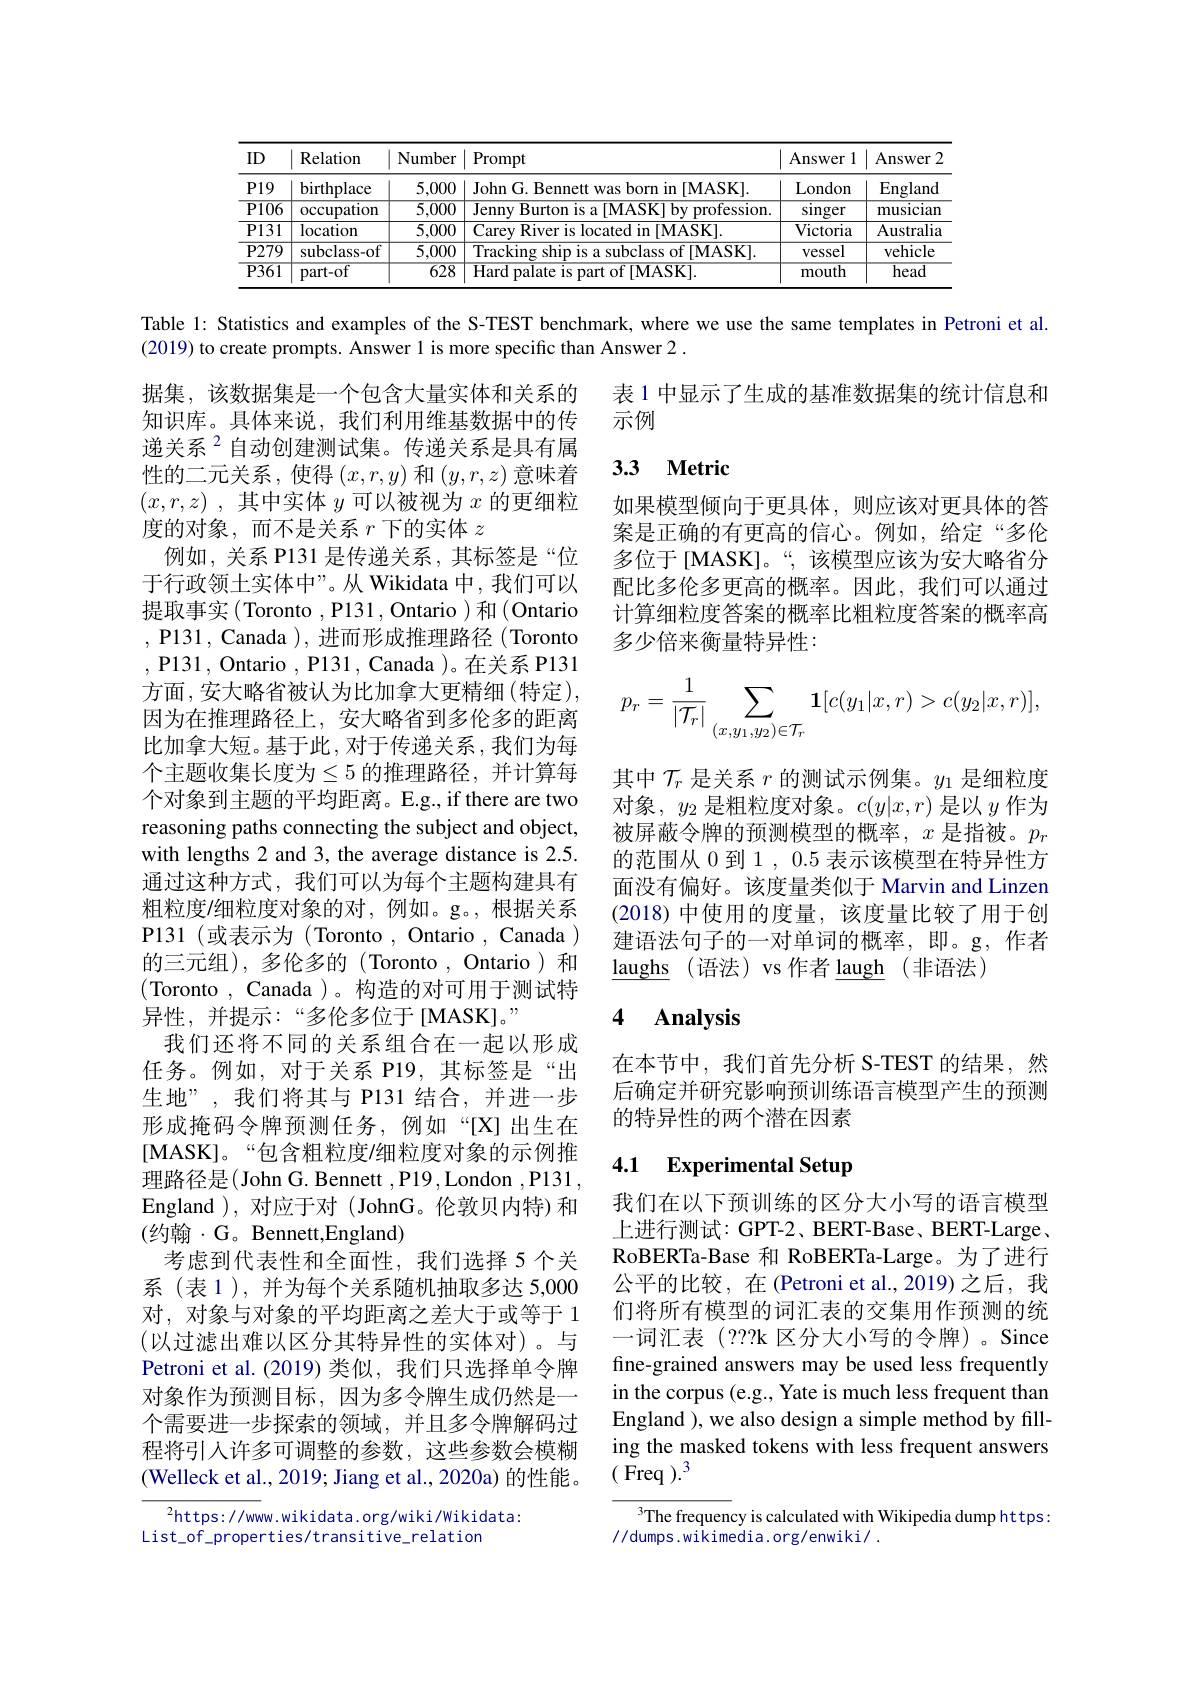
<table>
	<tbody>
		<tr>
			<th>ID</th>
			<th>Relation</th>
			<th>Number</th>
			<th>Prompt</th>
			<th>Answer 1</th>
			<th>Answer</th>
		</tr>
		<tr>
			<td>$P19$</td>
			<td>birthplace</td>
			<td>5,000</td>
			<td>John G. Bennett was born in [MASK].</td>
			<td>London</td>
			<td>England</td>
		</tr>
		<tr>
			<td>$\overline{P106}$</td>
			<td>occupation</td>
			<td>$\overline{5,000}$</td>
			<td>$\overline{\text{Jenny Burton is a[MASK] by profession}}$</td>
			<td>$\sin$ger</td>
			<td>musician</td>
		</tr>
		<tr>
			<td>$\overline{P131}$</td>
			<td>location</td>
			<td>5,000</td>
			<td>Carey River is located in [MASK].</td>
			<td>Victoria</td>
			<td>Australia</td>
		</tr>
		<tr>
			<td>$\overline{{\mathrm{P279}}}$</td>
			<td>subclass-of</td>
			<td>5,000</td>
			<td>Tracking ship is a subclass of [MASK].</td>
			<td>vessel</td>
			<td>vehicle</td>
		</tr>
		<tr>
			<td>$\overline{P361}$</td>
			<td>part-of</td>
			<td>$\overline{628}$</td>
			<td>Hard palate is part of [MASK].</td>
			<td>mouth</td>
			<td>$\overline{\mathrm{head}}$</td>
		</tr>
	</tbody>
</table>

Table 1: Statistics and examples of the S-TEST benchmark, where we use the same templates in Petroni et al.

表 1 中显示了生成的基准数据集的统计信息和
示例

### 3.3 $\textbf{Metric}$

如果模型倾向于更具体，则应该对更具体的答案是正确的有更高的信心。例如，给定“多伦多位于[MASK]。“,该模型应该为安大略省分配比多伦多更高的概率。因此，我们可以通过计算细粒度答案的概率比粗粒度答案的概率高多少倍来衡量特异性：
$$p_r=\dfrac{1}{|\mathcal{T}_r|}\sum_{(x,y_1,y_2)\in\mathcal{T}_r}\mathbf{1}[c(y_1|x,r)>c(y_2|x,r)],$$
其中$\mathcal{T}_r$是关系$r$的测试示例集。$y_1$是细粒度对象，$y_2$是粗粒度对象。$c(y|x,r)$是以$y$作为被屏蔽令牌的预测模型的概率，$x$是指被。$p_r$ 的范围从 0 到 1 , 0.5 表示该模型在特异性方面没有偏好。该度量类似于 Marvin and Linzen (2018)中使用的度量，该度量比较了用于创建语法句子的一对单词的概率，即。g,作者$\underline {\text{laughs}}$ (语法)vs作者$\underline\text{laugh}\:($非语法)

(2019) to create prompts. Answer l is more specific than Answer 2 .
据集，该数据集是一个包含大量实体和关系的知识库。具体来说，我们利用维基数据中的传递关系$^{2}$自动创建测试集。传递关系是具有属性的二元关系，使得$(x,r,y)$和$(y,r,z)$意味着$( x, r, z)$ ,其中实体$y$可以被视为$x$的更细粒度的对象，而不是关系$r$下的实体$z$
例如，关系 P131 是传递关系，其标签是“位于行政领土实体中”。从 Wikidata 中，我们可以提取事实(Toronto ,P131,Ontario )和(Ontario , P131, Canada ),进而形成推理路径 (Toronto ,P131,Ontario,P131,Canada)。在关系 P131方面，安大略省被认为比加拿大更精细(特定), 因为在推理路径上，安大略省到多伦多的距离比加拿大短。基于此，对于传递关系，我们为每个主题收集长度为$\leq5$ 的推理路径，并计算每个对象到主题的平均距离。E.g., if there are two reasoning paths connecting the subject and object, with lengths 2 and 3, the average distance is 2.5. 通过这种方式，我们可以为每个主题构建具有粗粒度/细粒度对象的对，例如。g。,根据关系P131(或表示为(Toronto,Ontario,Canada) 的三元组),多伦多的(Toronto , Ontario)和(Toronto,Canada )。构造的对可用于测试特异性，并提示：“多伦多位于[MASK]。”
我们还将不同的关系组合在一起以形成任务。例如，对于关系 P19,其标签是“出生地”,我们将其与 P131 结合，并进一步形成掩码令牌预测任务，例如“[X]出生在[MASK]。“包含粗粒度/细粒度对象的示例推理路径是(John G. Bennett ,P19,London,P131, England ),对应于对 (JohnG。伦敦贝内特)和(约翰·G。Bennett,England)
考虑到代表性和全面性，我们选择 5 个关系(表1),并为每个关系随机抽取多达 5,000对，对象与对象的平均距离之差大于或等于 1 (以过滤出难以区分其特异性的实体对)。与Petroni et al. (2019) 类似，我们只选择单令牌对象作为预测目标，因为多令牌生成仍然是一个需要进一步探索的领域，并且多令牌解码过程将引人许多可调整的参数，这些参数会模糊(Welleck et al., 2019; Jiang et al., 2020a) 的性能。

# 4 Analysis

在本节中，我们首先分析 S-TEST 的结果，然后确定并研究影响预训练语言模型产生的预测的特异性的两个潜在因素

## 4.1 Experimental Setup

我们在以下预训练的区分大小写的语言模型上进行测试：GPT-2、BERT-Base、BERT-Large、 RoBERTa-Base 和 RoBERTa-Large。为了进行公平的比较，在(Petroni et al.,2019)之后，我们将所有模型的词汇表的交集用作预测的统一词汇表(???k 区分大小写的令牌)。Since fine-grained answers may be used less frequently in the corpus (e.g., Yate is much less frequent than England ), we also design a simple method by filling the masked tokens with less frequent answers ( Freq $).^3$

$^2$https://www.wikidata.org/wiki/wikidata:
List\_of\_properties/transitive\_relation

The frequency is calculated with Wikipedia dump https:
//dumps.wikimedia.org/enwiki/ .